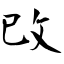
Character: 攺